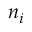
n _ { i }